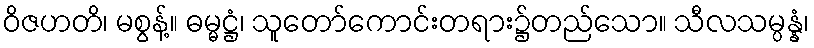
ဝိဇဟတိ၊ မစွန့်။ ဓမ္မဋ္ဌံ၊ သူတော်ကောင်းတရား၌တည်သော။ သီလသမ္ပန္နံ၊